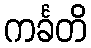
ကင်္ခတိ